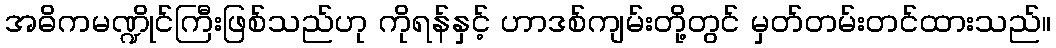
အဓိကမဏ္ဍိုင်ကြီးဖြစ်သည်ဟု ကိုရန်နှင့် ဟာဒစ်ကျမ်းတို့တွင် မှတ်တမ်းတင်ထားသည်။